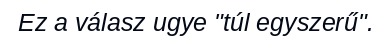
Ez a válasz ugye "túl egyszerű".